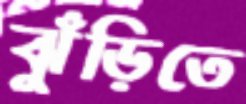
ঝুঁড়িতে